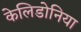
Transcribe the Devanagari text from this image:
केलिडोनिया